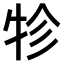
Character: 𤙁